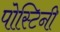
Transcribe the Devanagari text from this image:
पोस्टिनी